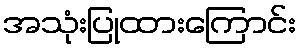
အသုံးပြုထားကြောင်း